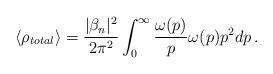
LaTeX: \begin{align*}\langle \rho_{total} \rangle = \frac{|\beta_n|^2}{2 \pi^2 }\int^{\infty}_{0} \frac{\omega(p)}{p} \omega(p) p^2 dp \,.\end{align*}